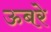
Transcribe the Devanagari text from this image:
ऊबरे